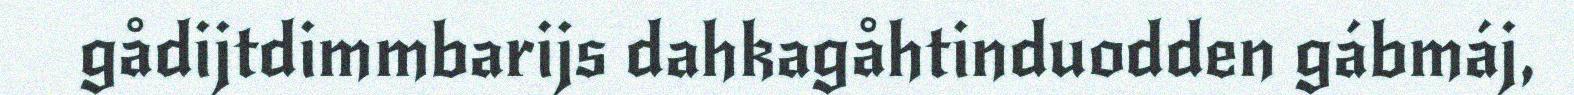
gådijtdimmbarijs dahkagåhtinduodden gábmáj,